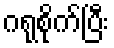
ဂရုစိုက်ပြီး